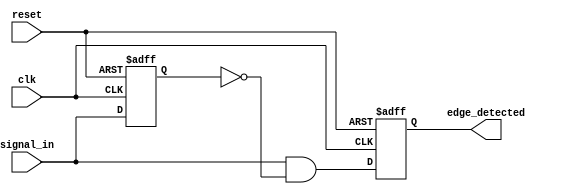
module edge_detector (
    input wire clk,            // Clock signal
    input wire reset,          // Reset signal
    input wire signal_in,      // Input signal to monitor
    output reg edge_detected   // Output signal indicating a rising edge
);

    reg signal_prev;           // Register to hold the previous state of the input signal

    // Always block triggered on the positive edge of the clock or reset
    always @(posedge clk or posedge reset) begin
        if (reset) begin
            signal_prev <= 1'b0; // Initialize previous signal state to 0 on reset
            edge_detected <= 1'b0; // Initialize edge detected output to 0
        end else begin
            edge_detected <= (signal_in && !signal_prev); // Detect rising edge
            signal_prev <= signal_in; // Update previous state with current state
        end
    end

endmodule